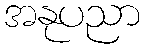
အနုပညာ